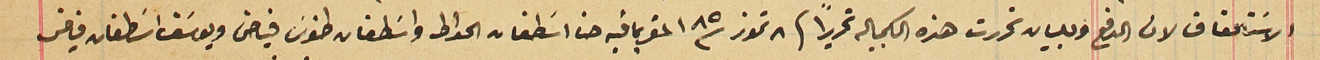
الاسَتحقاق لان الدفع وللبيان تحررت هذه الكمبياله تحريراً فى ٨ تموز سنة ٨٥ المقر بما فيه حنا اسَطفان الحواط واسَطفان طنوسَ فياض ويوسَف اسَطفان فياض